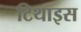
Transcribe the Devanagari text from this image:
टिथाइस